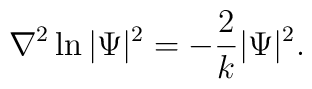
\nabla ^2\ln |\Psi |^2 = -\frac {2}{k}|\Psi|^{2}.